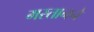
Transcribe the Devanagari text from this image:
मस्तानने